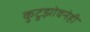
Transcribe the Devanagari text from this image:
कुटुझोवनेही